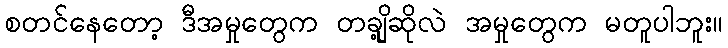
စတင်နေတော့ ဒီအမှုတွေက တချို့ဆိုလဲ အမှုတွေက မတူပါဘူး။